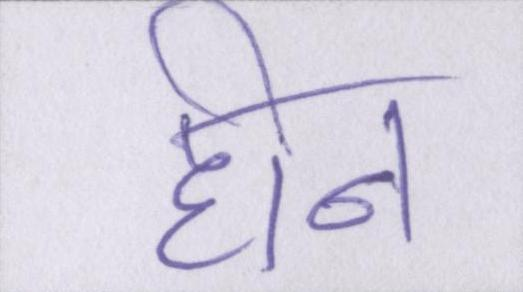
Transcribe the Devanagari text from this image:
हीन